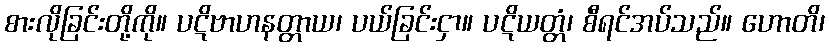
စားလိုခြင်းတို့ကို။ ပဋိဗာဟနတ္တာယ၊ ပယ်ခြင်းငှာ။ ပဋိယတ္တံ၊ စီရင်အပ်သည်။ ဟောတိ၊